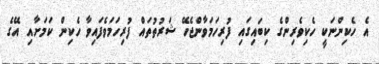
އެ ހެކިންނަކީ ހެކިވެރިންގެ ކިބައިގައި ފުރިހަމަވާންޖެހޭ ޝަރުތުތައް ފުރިހަމަވެފައިވާ ހެކިން ކަމަށާއި އޭގެ